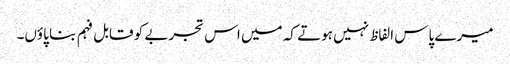
میرے پاس الفاظ نہیں ہوتے کہ میں اس تجربے کو قابل فہم بنا پاؤں۔